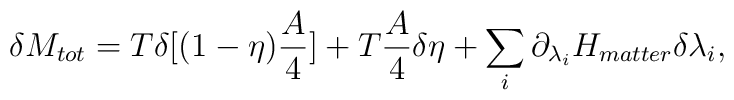
\delta M_{tot}=T\delta [(1-\eta) {A\over 4}] + T{A\over 4}\delta \eta +\sum_i\partial_{\lambda_i}H_{matter}\delta\lambda_i,